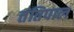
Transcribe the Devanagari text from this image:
तंतिपाल